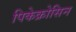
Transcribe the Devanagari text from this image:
पिकेक्रोसिन